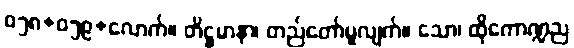
၀၅၈+၀၅၉+လောက်။ တိဋ္ဌမာနာ၊ တည်တော်မူလျက်။ သော၊ ထိုကောဏ္ဍည